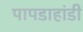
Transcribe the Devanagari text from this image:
पापडाहांडी